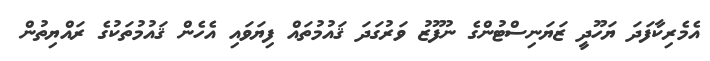
އެމެރިކާފަދަ ޔަހޫދީ ޒަޔަނިސްޓުންގެ ނުފޫޒު ވަރުގަދަ ޤައުމުތައް ފިޔަވައި އެހެން ޤައުމުތަކުގެ ރައްޔިތުން